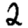
Digit: 2